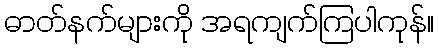
ဓာတ်နက်များကို အရကျက်ကြပါကုန်။